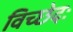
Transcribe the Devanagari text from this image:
विच्छेदः